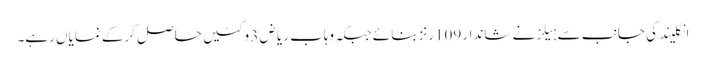
انگلیند کی جانب سے ہیلز نے شاندار 109رنز بنائے جبکہ وہاب ریاض 3 وکٹیں حاصل کرکے نمایاں رہے۔